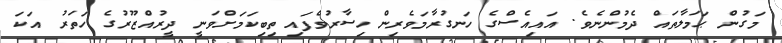
މަގުން ޙަމަލާތައް ދެމުންނެވެ. އައިއެސްގެ ހަނގުރާމަވެރިން ހިސާރުވެފައި ތިބިކަމަށްވަނީ ދީރުއްޒޫރުގެ ހަތަރު އަކަ